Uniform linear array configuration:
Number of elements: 16
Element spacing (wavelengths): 1
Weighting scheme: hann
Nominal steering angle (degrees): -45
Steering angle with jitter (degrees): -46.026
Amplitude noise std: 0.05
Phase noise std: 0.05

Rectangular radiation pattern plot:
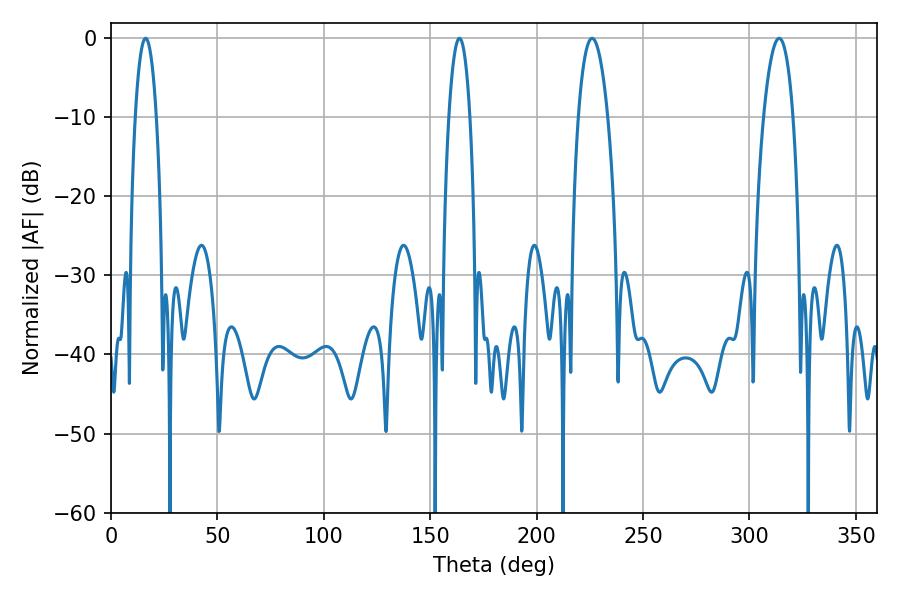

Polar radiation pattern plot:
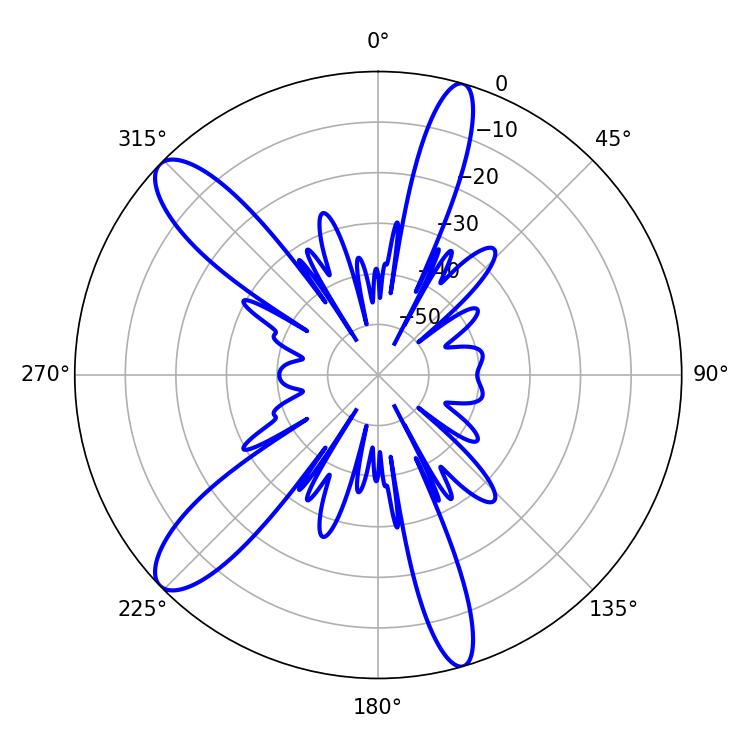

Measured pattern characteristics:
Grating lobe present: TRUE
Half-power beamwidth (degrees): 7.74
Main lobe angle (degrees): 226.08